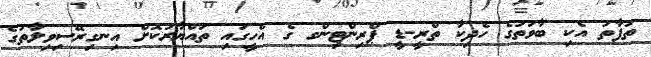
ތަފާތު އެކި ބާވަތުގެ ހެދިކާ ތްރީ-ޑީ ޕްރިންޓިންގ ގެ އެހީގައި ތައްޔާރުކޮށް އިނގިރޭސިވިލާތުގެ